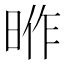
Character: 𭦎